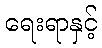
ရေးရာနှင့်